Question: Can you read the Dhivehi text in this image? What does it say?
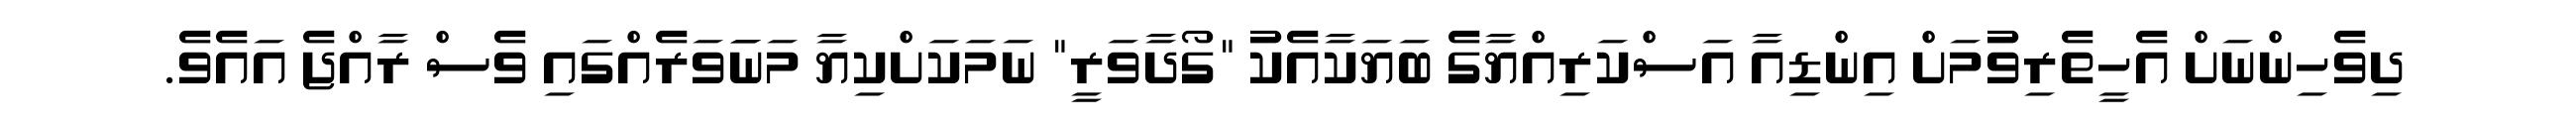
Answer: ދިވެހިންނަށް އެހީތެރިވުމަށް އިންޑިއާ އަސްކަރިއްޔާގެ ބަޔަކާއެކު "ގޯދާވަރީ" ނަމަކަށްކިޔާ މަނަަވަރެއްގައި ވެސް ރާއްޖެ އައެވެ.